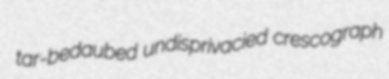
tar-bedaubed undisprivacied crescograph